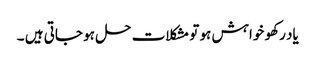
یاد رکھو خواہش ہو تو مشکلات حل ہو جاتی ہیں ۔